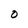
Character: o